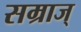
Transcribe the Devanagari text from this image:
सम्राज्